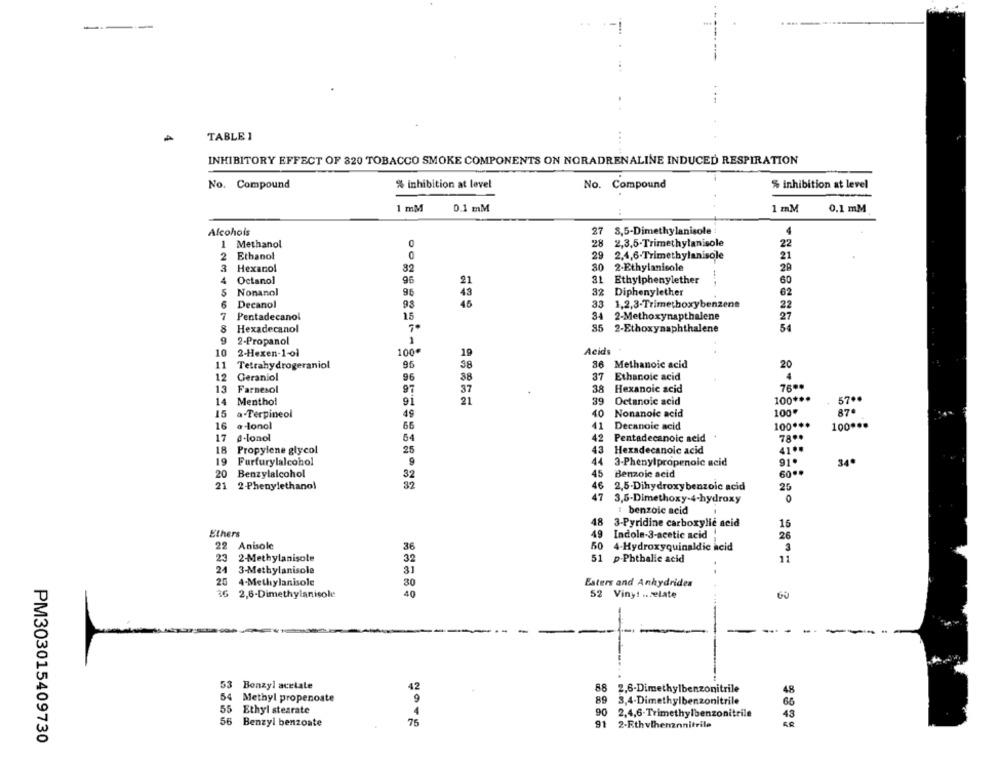
---
TABLE 1
INHIBITORY EFFECT OF 320 TOBACCO SMOKE COMPONENTS ON NORADRENALINE INDUCED RESPIRATION
No. Compound
% inhibition at level
% inhibition at level
No. Compound
1 mM
0.1 mM
1 mM
0.1 mM
8,5-Dimethylanisole
Alcohols
27
1 Methanol
0
28
2,3,5-Trimethylanisole
22
2 Ethanol
29
2,4,6-Trimethylanisole
21
3
Hexanol
30
2-Ethylanisole
29
32
4
Octanol
96
21
31 Ethylphenylether
60
5
95
32
Diphenylether
62
Nonanol
43
6
Decanol
93
45
33
1,2,3-Trimethoxybenzene
22
15
7
Pentadecanol
34 2-Methoxynapthalene
27
8
Hexadecanol
85 2-Ethoxynaphthalene
9
2-Propanol
1
10
100€
19
Acids
2-Hexen-1-01
11
Tetrahydrogeraniol
95
38
36
Methanoic acid
20
88
12
Geraniol
96
37 Ethanoic acid
4
13
Farnesol
37
38 Hexanoic acid
7600
57 ..
14
Menthol
91
21
39
Octanoic acid
100 ***
15
49
40
Nonanoic acid
100*
87
a-Terpineol
16
a -lonol
66
41
Decanoic acid
100 ***
100 ***
64
17
4-Ionol
42
Pentadecanoic acid
78.
18
Propylene glycol
25
43
Hexadecanoic acid
41 ..
19
Furfurylalcohol
9
44
3-Phenylpropenoic acid
91.
34º
20
Benzylalcohol
32
45
Benzoic acid
60 ..
21
2-Phenylethanol
32
46
2,5-Dihydroxy benzoic acid
25
47
3,5-Dimethoxy-4-hydroxy
0
: benzoic acid
48
3-Pyridine carboxylic acid
16
Ethers
49
Indole-3-acetic acid
26
22 Anisole
36
4-Hydroxyquinaldic acid
3
23
2-Methylanisole
51 p.Phthalic acid
11
32
24
3-Methylanisole
31
20
4-Methylanisole
30
Esters and Anhydrides
36
2,6-Dimethylanicole
40
52 Viny! ... late
60
53 Benzyl acetate
42
88
2,6-Dimethylbenzonitrile
48
54 Methyl propenoste
9
89
3,4-Dimethylbenzonitrilo
66
55 Ethyl stearate
4
90
2,4,6-Trimethylbenzonitrile
43
56 Benzyl benzoate
75
91
2-Rthvlhenznnitrile
PM303015409730